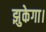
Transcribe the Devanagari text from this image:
झुकेगा।